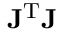
\mathbf { J } ^ { \mathrm { T } } \mathbf { J }